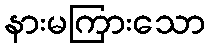
နားမကြားသော